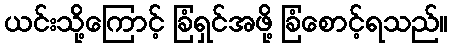
ယင်းသို့ကြောင့် ခြံရှင်အဖို့ ခြံစောင့်ရသည်။